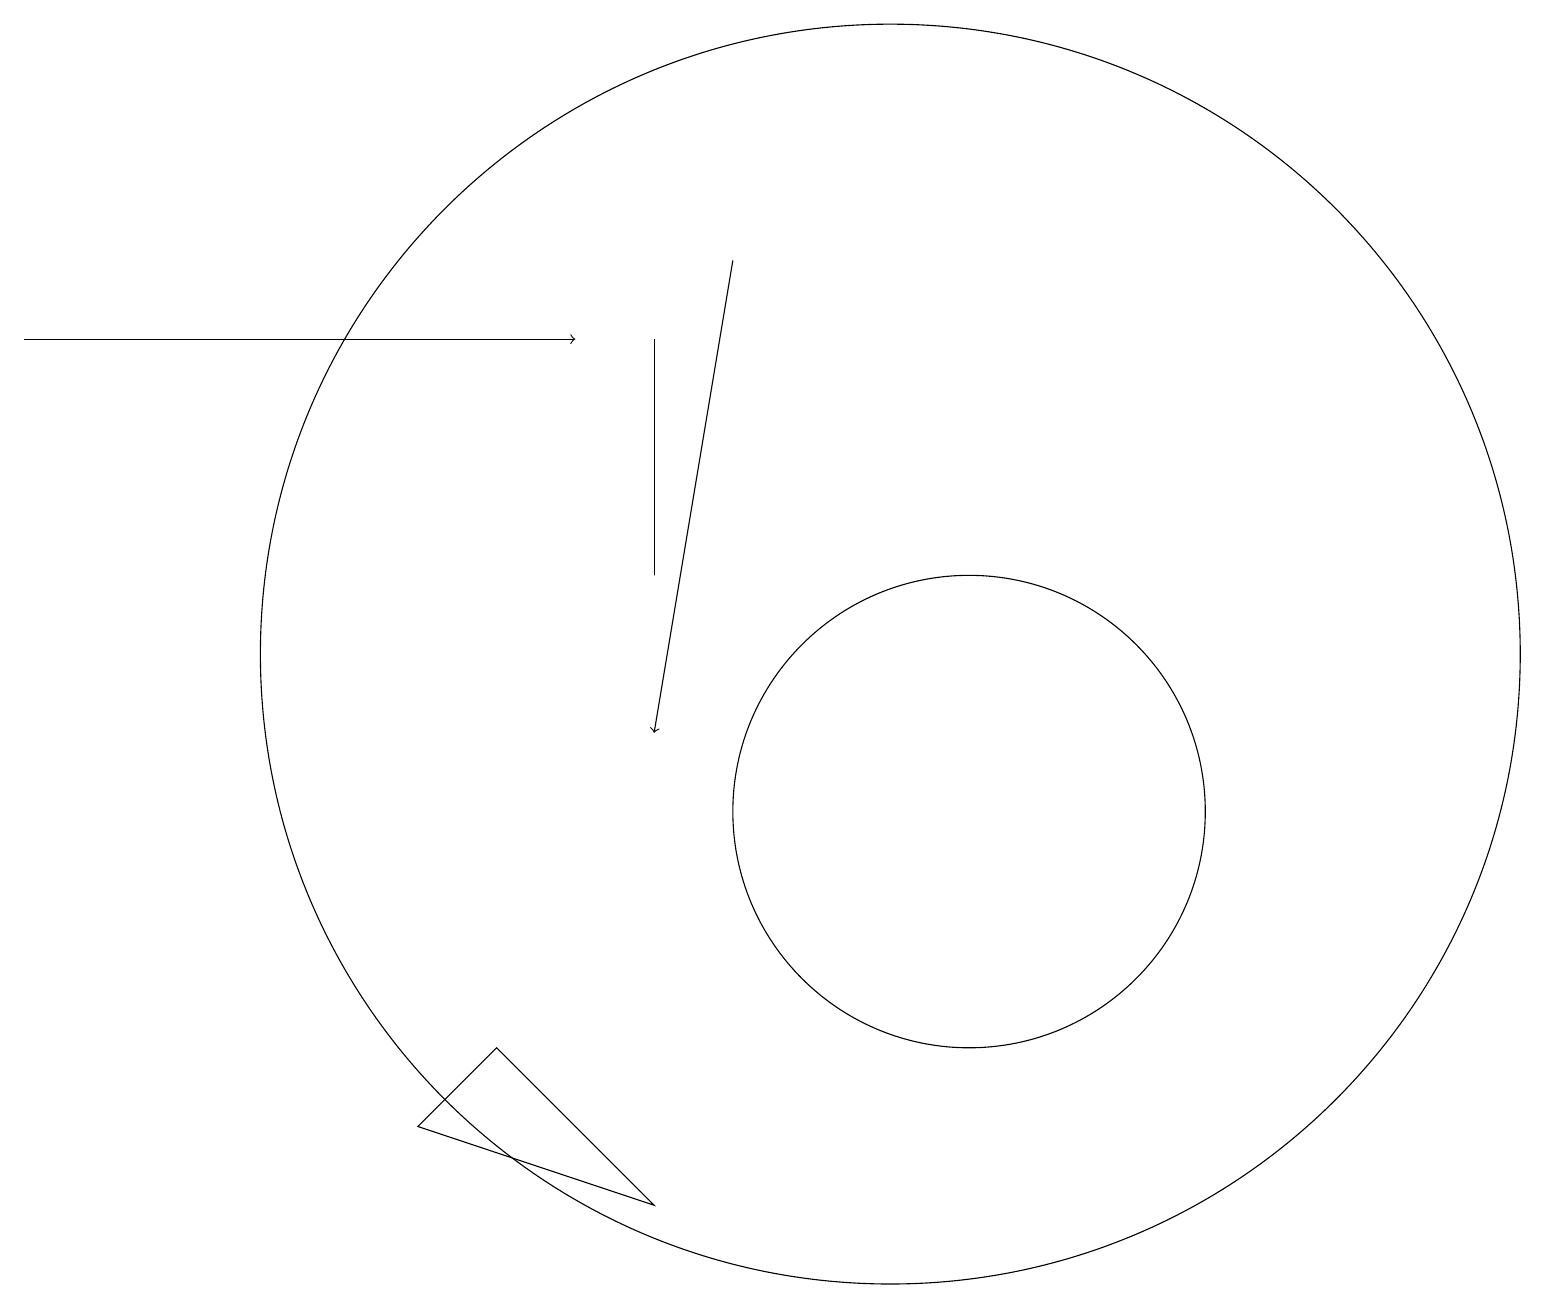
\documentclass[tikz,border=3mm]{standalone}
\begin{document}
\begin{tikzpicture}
\draw[->] (9,17) -- (8,11);
\draw (8,16) rectangle (8,13);
\draw (11,12) circle (8);
\draw (12,10) circle (3);
\draw[->] (0,16) -- (7,16);
\draw (8,5) -- (5,6) -- (6,7) -- cycle;
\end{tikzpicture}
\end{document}